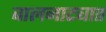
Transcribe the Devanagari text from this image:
बालनाट्यात